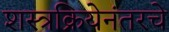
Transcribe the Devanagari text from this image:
शस्त्रक्रियेनंतरचे